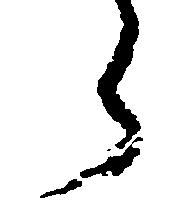
々